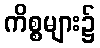
ကိစ္စများ၌